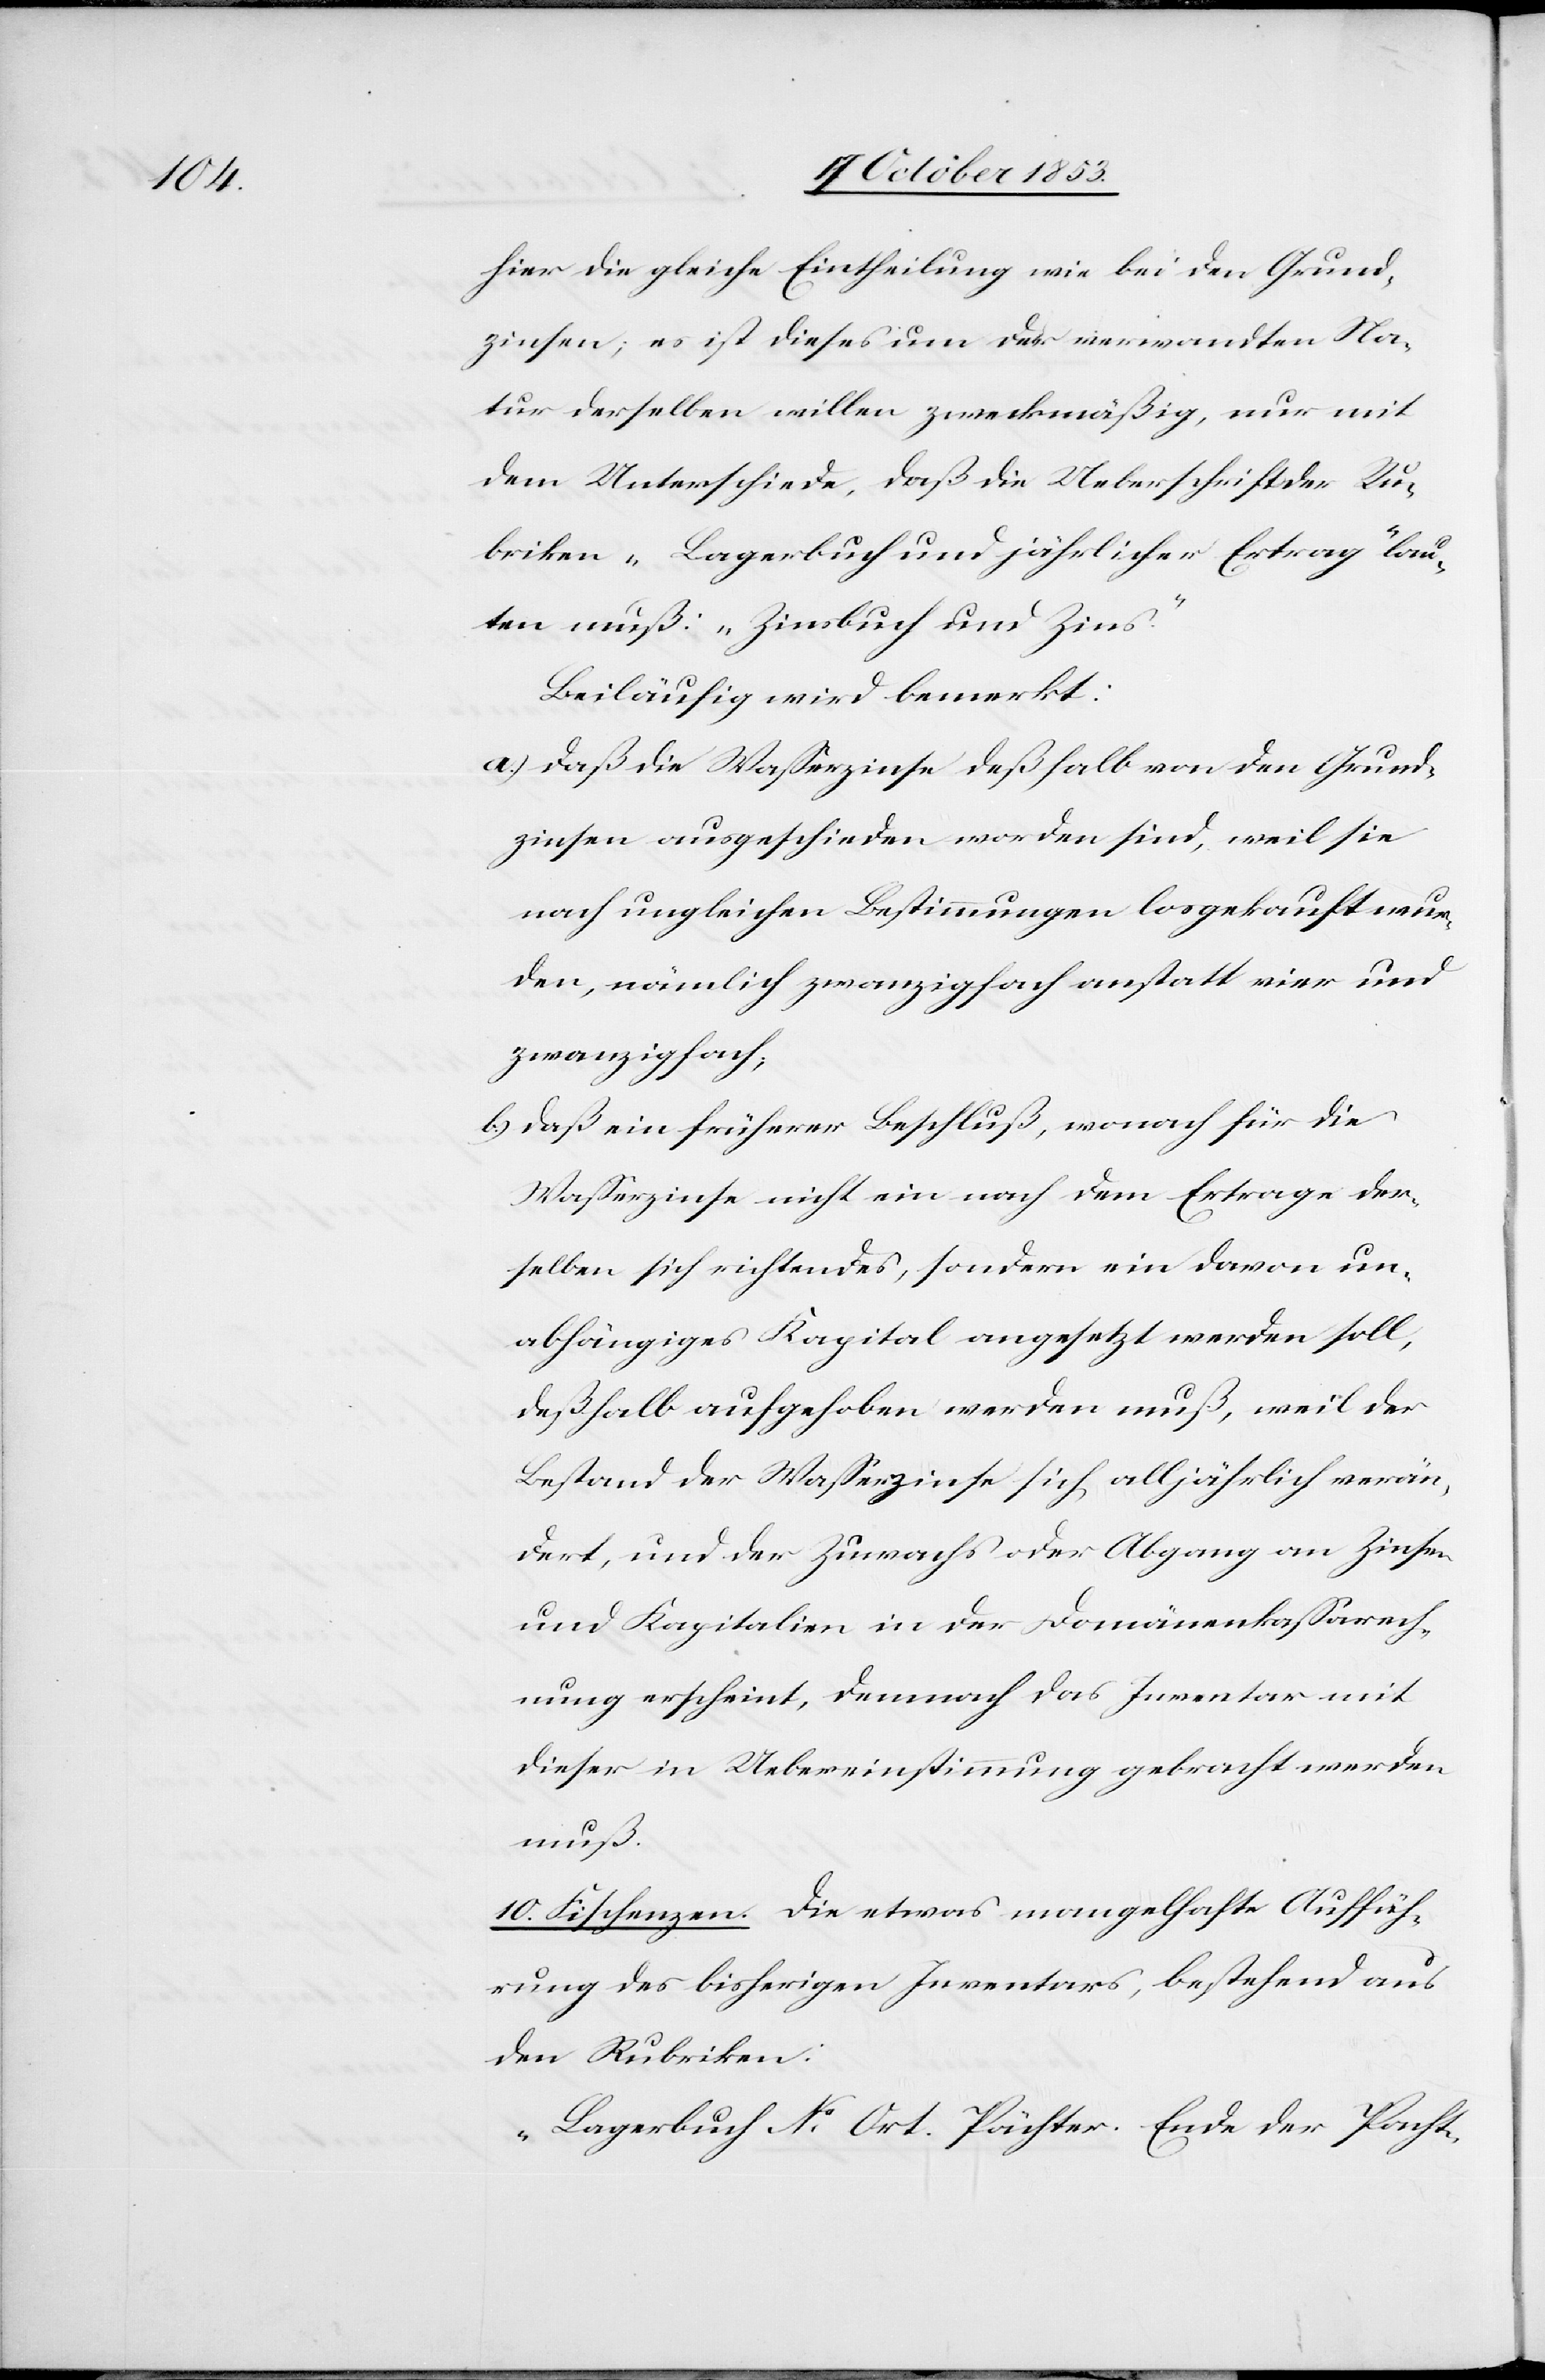
hier die gleiche Eintheilung wie bei den Grund¬
zinsen, es ist dieses um der verwandten Na¬
tur derselben willen zweckmäßig, nur mit
dem Unterschiede, daß die Ueberschrift der Ru¬
briken „Lagerbuch und jährlicher Ertrag“ lau¬
ten muß: „Zinsbuch und Zins“
Beiläufig wird bemerkt:
a.) daß die Waßerzinse deßhalb von den Grund¬
zinsen ausgeschieden worden sind, weil sie
nach ungleichen Bestimmungen losgekauft wur¬
den, nämlich zwanzigfach anstatt vier und
zwanzigfach;
b.) daß ein früherer Beschluß, wonach für die
Waßerzinse nicht ein nach dem Ertrage der¬
selben sich richtendes, sondern ein davon un¬
abhängiges Kapital angesetzt werden soll,
deßhalb aufgehoben werden muß, weil der
Bestand der Waßerzinse sich alljährlich verän¬
dert, und der Zuwachs oder Abgang an Zinsen
und Kapitalien in der Domänenkaßarech¬
nung erscheint, demnach das Inventar mit
dieser in Uebereinstimmung gebracht werden
muß.
10. Fischenzen. Die etwas mangelhafte Auffüh¬
rung des bisherigen Inventars, bestehend aus
den Rubriken:
„Lagerbuch N° Ort. Pächter. Ende der Pacht-